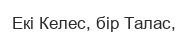
Екі Келес, бір Талас,